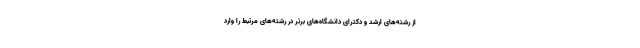
از رشته‌های ارشد و دکترای دانشگاه‌های برتر در رشته‌های مرتبط را وارد